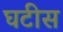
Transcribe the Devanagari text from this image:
घटीस